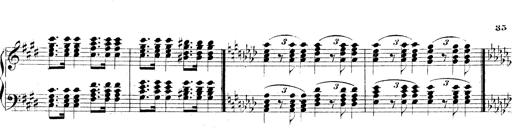
Title: Technische Studien
Composer: Franz Liszt